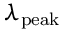
\lambda _ { \mathrm { p e a k } }